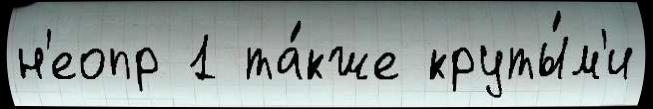
н'еопр 1 та́кже круты́м'и